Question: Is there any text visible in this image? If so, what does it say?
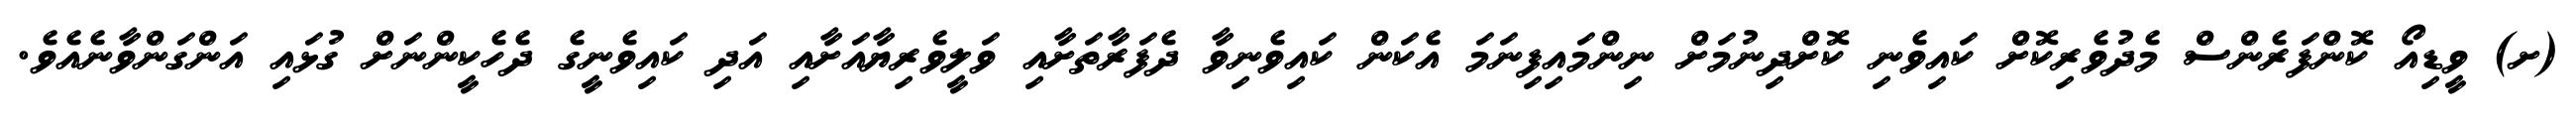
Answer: (ށ) ވީޑިއޯ ކޮންފަރެންސް މެދުވެރިކޮށް ކައިވެނި ކޮށްދިނުމަށް ނިންމައިފިނަމަ އެކަން ކައިވެނިވާ ދެފަރާތަށާއި ވަލީވެރިޔާއަށާއި އަދި ކައިވެނީގެ ދެހެކީންނަށް ގުޅައި އަންގަންވާނެއެވެ.